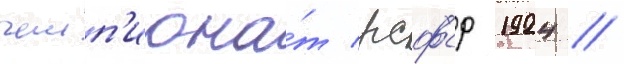
чемп'иона́т рсфср 1924 /